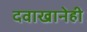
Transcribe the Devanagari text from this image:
दवाखानेही